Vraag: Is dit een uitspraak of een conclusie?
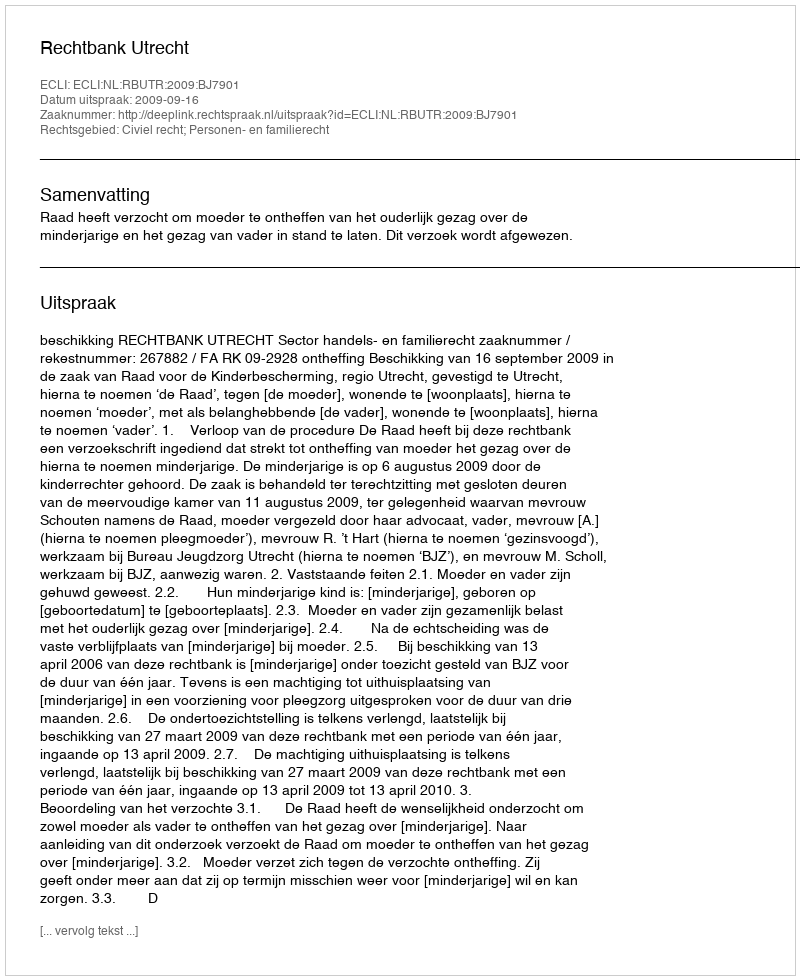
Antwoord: Uitspraak